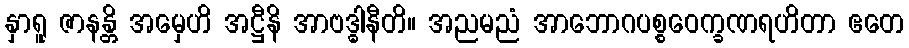
နှာရူ ဇာနန္တိ အမှေဟိ အဋ္ဌီနိ အာဗဒ္ဓါနီတိ။ အညမညံ အာဘောဂပစ္စဝေက္ခဏရဟိတာ ဧတေ